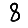
Digit: 8